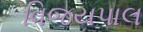
વિજયપાલ